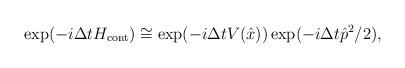
LaTeX: \begin{align*}\exp(-i\Delta t H_{\rm cont}) \cong \exp(-i\Delta t V(\hat{x})) \exp(-i\Delta t \hat{p}^{2}/2), \end{align*}